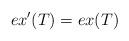
LaTeX: \begin{align*}ex'(T)=ex(T) \end{align*}